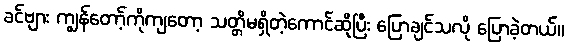
ခင်ဗျား ကျွန်တော့်ကိုကျတော့ သတ္တိမရှိတဲ့ကောင်ဆိုပြီး ပြောချင်သလို ပြောခဲ့တယ်။